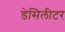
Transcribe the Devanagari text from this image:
डेसिलीटर